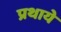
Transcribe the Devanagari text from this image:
प्रथाये